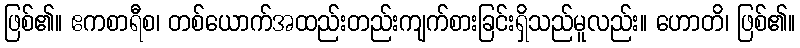
ဖြစ်၏။ ဧကစာရီစ၊ တစ်ယောက်အထည်းတည်းကျက်စားခြင်းရှိသည်မူလည်း။ ဟောတိ၊ ဖြစ်၏။